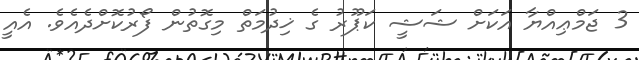
3 ޖަމްޢިއްޔާ އަކަށް ޝަޝީ ކަޕޫރު ގެ ޚިދުމަތް މިގޮތުން ފޯރުކޮށްދެއެވެެ. އެއީ